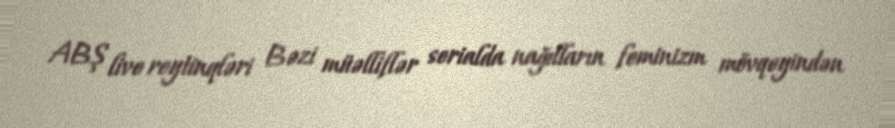
ABŞ live reytinqləri Bəzi müəlliflər serialda nağılların feminizm mövqeyindən